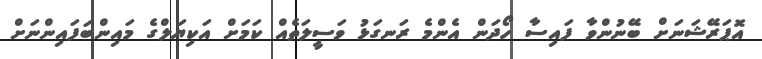
އޮޕަރޭޝަނަށް ބޭނުންވާ ފައިސާ ހޯދަން އެންމެ ރަނގަޅު ވަސީލަތެއް ކަމަށް އަކިޔަލްގެ މައިންބަފައިންނަށް